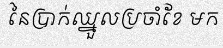
នៃប្រាក់ឈ្នួលប្រចាំខែ មក